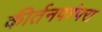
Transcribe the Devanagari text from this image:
कीर्तनपरंपरा